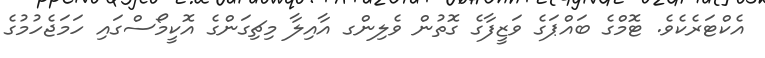
އެކްޓަރެކެވެ. ޓޮމްގެ ބައްޕަގެ ވަޒީފާގެ ގޮތުން ވެލިންގ އާއިލާ މިޗިގަންގެ އޮކީމޯސްގައި ހަމަޖެހުމުގެ